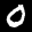
Label: 0